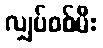
လျှပ်စစ်မီး